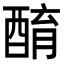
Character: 𨡚